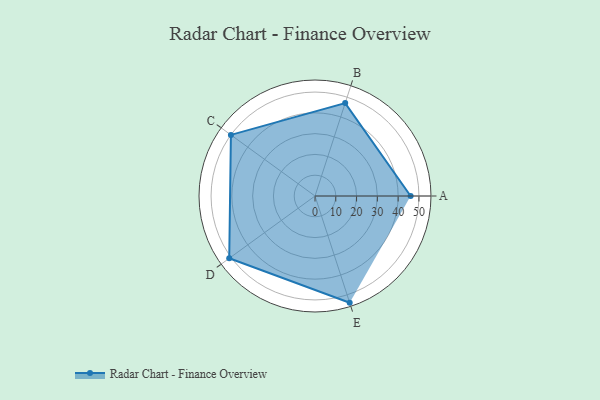
{"axis": {"x": "Skill", "y": "Score"}, "legend": ["Profile"], "data": [{"x": "A", "y": 46.0, "type": "Profile"}, {"x": "B", "y": 47.0, "type": "Profile"}, {"x": "C", "y": 50.0, "type": "Profile"}, {"x": "D", "y": 51.0, "type": "Profile"}, {"x": "E", "y": 54.0, "type": "Profile"}]}